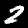
Label: 2